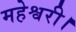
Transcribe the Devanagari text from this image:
महेश्वरी।